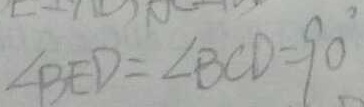
\angle B E D = \angle B C D = 9 0 ^ { \circ }